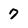
Character: 7